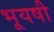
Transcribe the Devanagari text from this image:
भूयषी